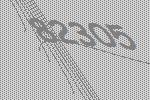
82305